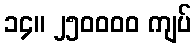
၁၄။ ၂၅၀၀၀၀ ကျပ်